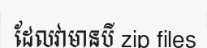
ដែលវាមានបី zip files